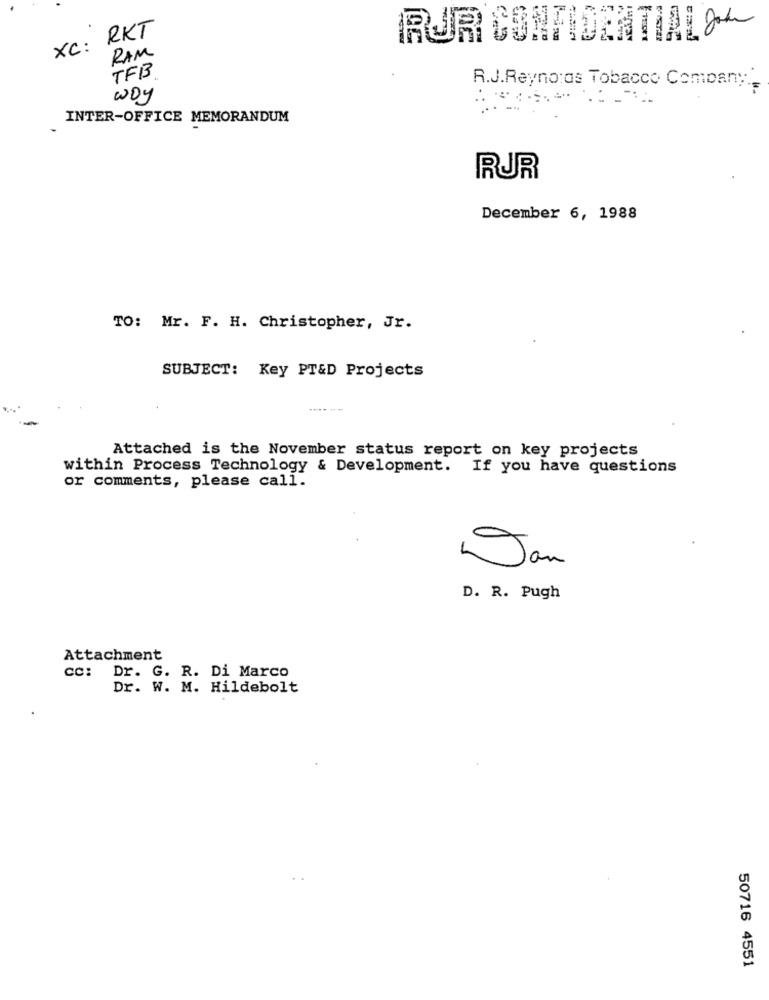
XC: RKT
RJR CONFIDENTIAL ~~
RAM
TFBB.
R.J.Reynolds Tobacco Company .-
woy
INTER-OFFICE MEMORANDUM
RUR
December 6, 1988
TO: Mr. F. H. Christopher, Jr.
SUBJECT: Key PT&D Projects
------
Attached is the November status report on key projects
within Process Technology & Development. If you have questions
or comments, please call.
Jan
D. R. Pugh
Attachment
cc: Dr. G. R. Di Marco
Dr. W. M. Hildebolt
50716 4551